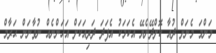
މަންމަ މެނަށް ދުއާ ކޮށްދޭނެޔޭ އެކަމަކު އެފަދަ ދަރިއަކަށް އަހަންނެއް ނުވާނަން ޙަރާމް